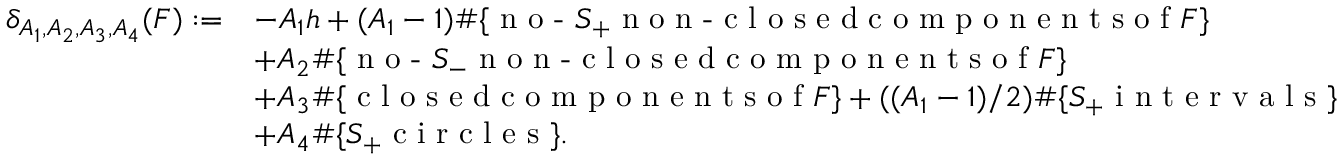
\begin{array} { r l } { \delta _ { A _ { 1 } , A _ { 2 } , A _ { 3 } , A _ { 4 } } ( F ) : = } & { - A _ { 1 } h + ( A _ { 1 } - 1 ) \# \{ \textrm { n o - } S _ { + } \textrm { n o n - c l o s e d c o m p o n e n t s o f } F \} } \\ & { + A _ { 2 } \# \{ \textrm { n o - } S _ { - } \textrm { n o n - c l o s e d c o m p o n e n t s o f } F \} } \\ & { + A _ { 3 } \# \{ \textrm { c l o s e d c o m p o n e n t s o f } F \} + ( ( A _ { 1 } - 1 ) / 2 ) \# \{ S _ { + } \textrm { i n t e r v a l s } \} } \\ & { + A _ { 4 } \# \{ S _ { + } \textrm { c i r c l e s } \} . } \end{array}